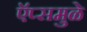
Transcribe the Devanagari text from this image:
ऍप्समुळे